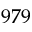
9 7 9